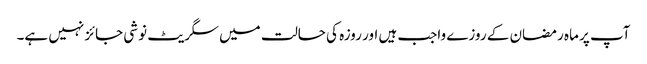
آپ پر ماہ رمضان کے روزے واجب ہیں اور روزہ کی حالت میں سگریٹ نوشی جائز نہیں ہے۔